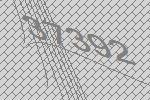
37392